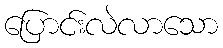
ပြောင်းလဲလာသော